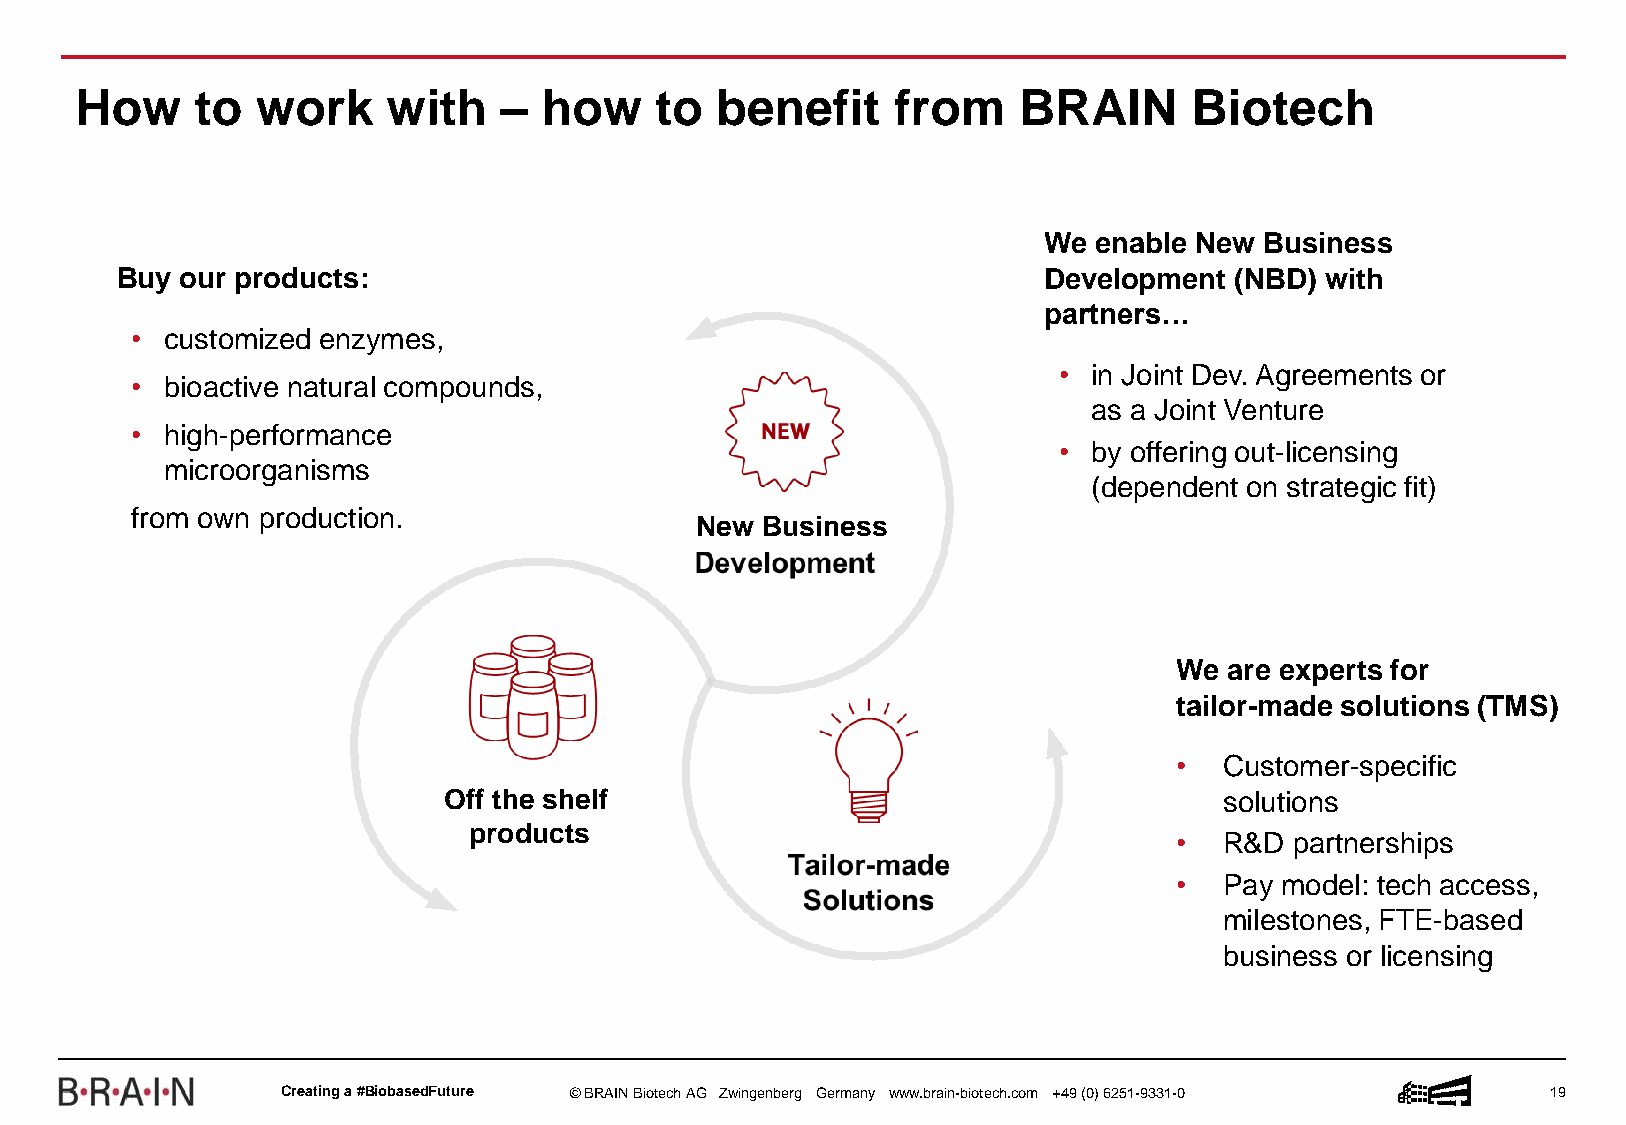
How     to  work     with   –  how    to  benefit     from    BRAIN       Biotech
 We enable New  Business
 Buy our products:                                            Development  (NBD) with
 partners…
 • customized enzymes,
 • in Joint Dev. Agreements or
 • bioactive natural compounds,
 as a Joint Venture
 • high-performance
 • by offering out-licensing
 microorganisms
 (dependent on strategic fit)
 from own production.
 New Business
 We are experts for
 tailor-made solutions (TMS)
 •  Customer-specific
 Off the shelf                                       solutions
 products
 •  R&D  partnerships
 •  Pay model: tech access,
 milestones, FTE-based
 business or licensing
 Creatinga #BiobasedFuture © BRAIN BiotechAG Zwingenberg Germany www.brain-biotech.com +49 (0) 6251-9331-0 19